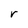
Character: r